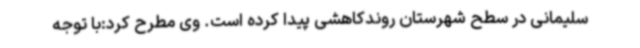
سلیمانی در سطح شهرستان روندکاهشی پیدا کرده است. وی مطرح کرد:با توجه